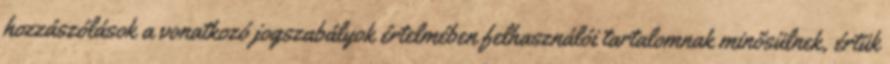
hozzászólások a vonatkozó jogszabályok értelmében felhasználói tartalomnak minősülnek, értük